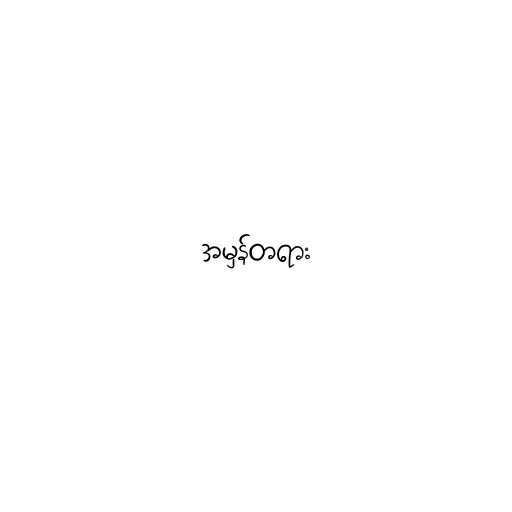
အမှန်တရား